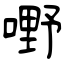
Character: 嘢